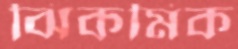
ঝিকমিক